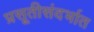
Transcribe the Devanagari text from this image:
प्रसूतीसंदर्भात